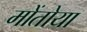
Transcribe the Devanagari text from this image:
मोंतोया